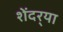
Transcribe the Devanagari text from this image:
शेंदर्‍या